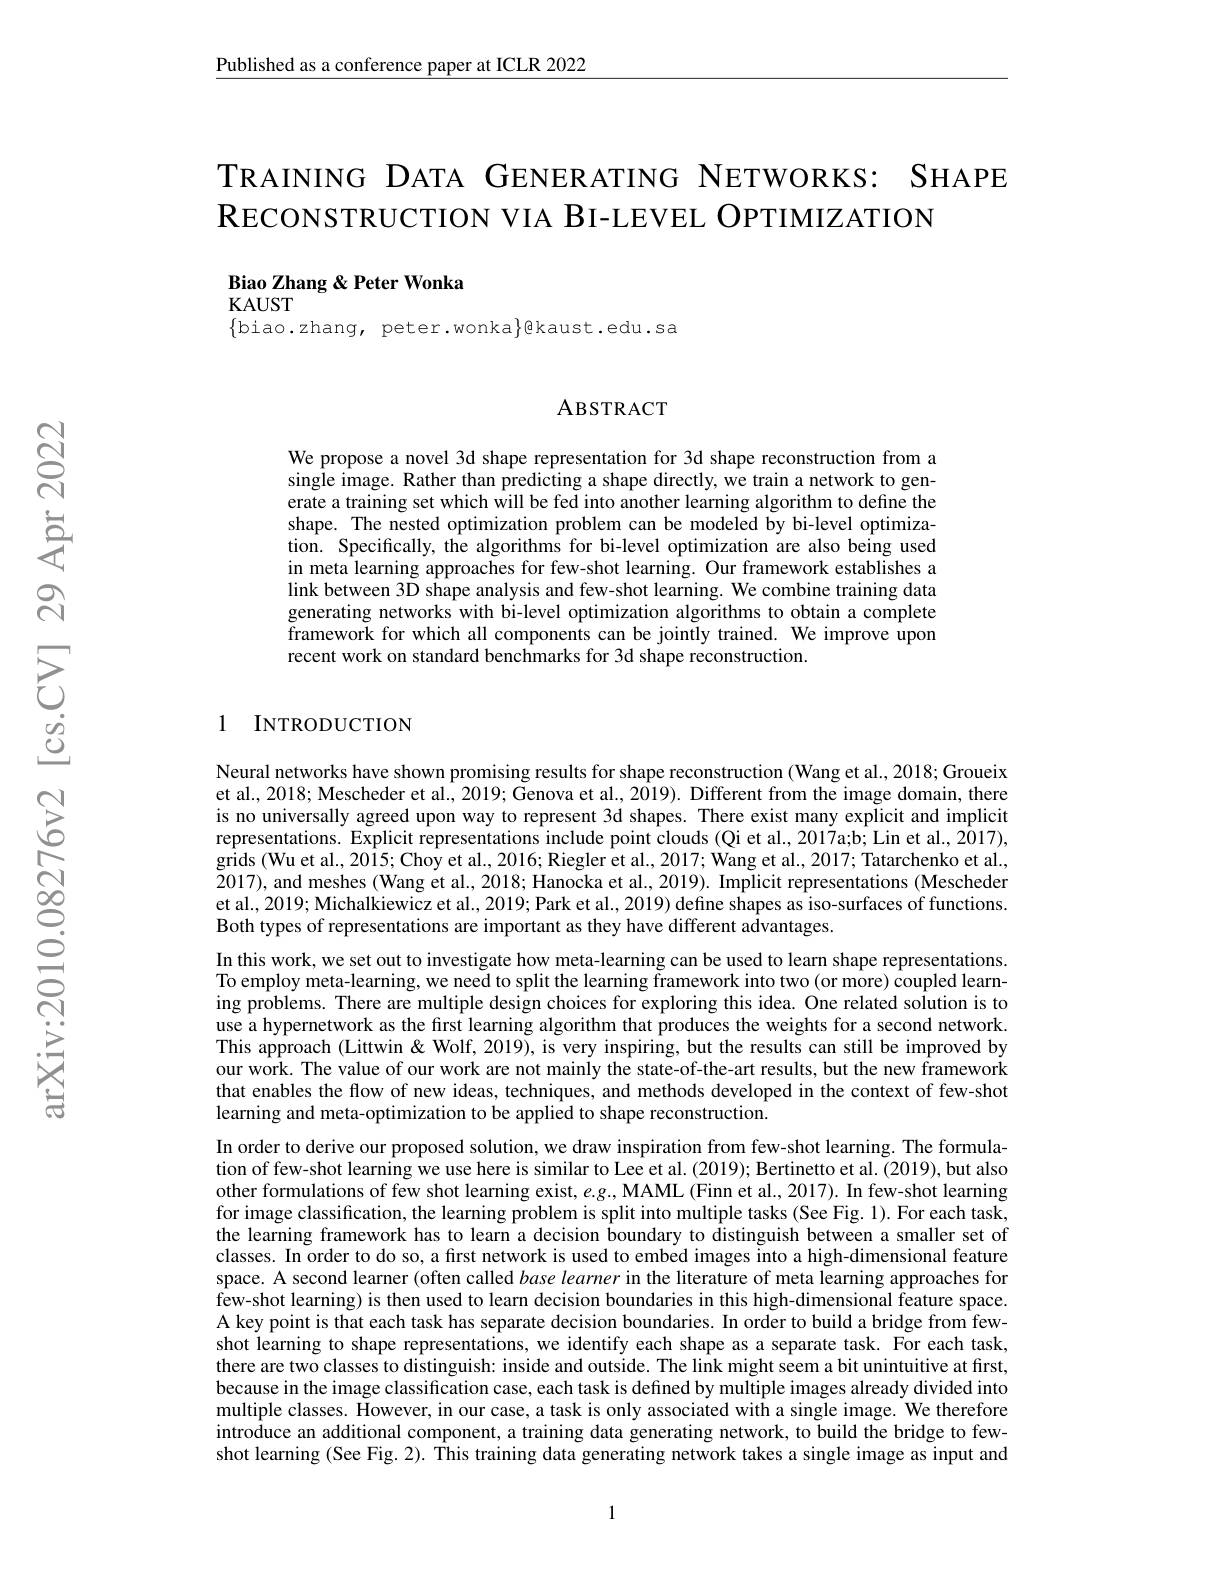
Published as a conference paper at ICLR 2022

TRAINING DATA GENERATING NETWORKS: SHAPE
$\mathbb{R}$ECONSTRUCTION VIA BI-LEVEL OPTIMIZATION

Biao Zhang & Peter Wonka

KAUST
$\{$biao.zhang, peter.wonka$\}$@kaust.edu.sa

### ABSTRACT

We propose a novel 3d shape representation for 3d shape reconstruction from a single image. Rather than predicting a shape directly, we train a network to generate a training set which will be fed into another learning algorithm to define the shape. The nested optimization problem can be modeled by bi-level optimization. Specifically, the algorithms for bi-level optimization are also being used in meta learning approaches for few-shot learning. Our framework establishes a link between 3D shape analysis and few-shot learning. We combine training data generating networks with bi-level optimization algorithms to obtain a complete framework for which all components can be jointly trained. We improve upon recent work on standard benchmarks for 3d shape reconstruction.

## 1 INTRODUCTION

Neural networks have shown promising results for shape reconstruction (Wang et al., 2018; Groueix et al., 2018; Mescheder et al., 2019; Genova et al., 2019). Different from the image domain, there is no universally agreed upon way to represent 3d shapes. There exist many explicit and implicit representations. Explicit representations include point clouds (Qi et al., 2017a;b; Lin et al., 2017), grids (Wu et al., 2015; Choy et al., 2016; Riegler et al., 2017; Wang et al., 2017; Tatarchenko et al., 2017), and meshes (Wang et al., 2018; Hanocka et al., 2019). Implicit representations (Mescheder et al., 2019; Michalkiewicz et al., 2019; Park et al., 2019) define shapes as iso-surfaces of functions. Both types of representations are important as they have different advantages.
In this work, we set out to investigate how meta-learning can be used to learn shape representations. To employ meta-learning, we need to split the learning framework into two(or more) coupled learning problems. There are multiple design choices for exploring this idea. One related solution is to use a hypernetwork as the first learning algorithm that produces the weights for a second network. This approach (Littwin & Wolf, 2019), is very inspiring, but the results can still be improved by our work. The value of our work are not mainly the state-of-the-art results, but the new framework that enables the flow of new ideas, techniques, and methods developed in the context of few-shot learning and meta-optimization to be applied to shape reconstruction.
In order to derive our proposed solution, we draw inspiration from few-shot learning. The formulation of few-shot learning we use here is similar to Lee et al. (2019); Bertinetto et al. (2019), but also other formulations of few shot learning exist, $e.g.$,MAML (Finn et al., 2017). In few-shot learning for image classification, the learning problem is split into multiple tasks (See Fig. 1). For each task, the learning framework has to learn a decision boundary to distinguish between a smaller set of classes. In order to do so, a first network is used to embed images into a high-dimensional feature space. A second learner (often called base learner in the literature of meta learning approaches for few-shot learning) is then used to learn decision boundaries in this high-dimensional feature space. A key point is that each task has separate decision boundaries. In order to build a bridge from fewshot learning to shape representations, we identify each shape as a separate task. For each task, there are two classes to distinguish: inside and outside. The link might seem a bit unintuitive at first, because in the image classification case, each task is defined by multiple images already divided into multiple classes. However, in our case, a task is only associated with a single image. We therefore introduce an additional component, a training data generating network, to build the bridge to fewshot learning (See Fig. 2). This training data generating network takes a single image as input and

1